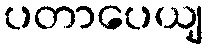
ပတာပေယျ